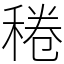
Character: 䅚